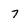
Character: 7